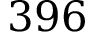
3 9 6